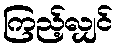
ကြည့်လျှင်